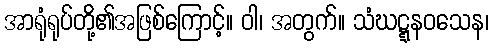
အာရုံရုပ်တို့၏အဖြစ်ကြောင့်။ ဝါ၊ အတွက်။ သံဃဋ္ဋနဝသေန၊